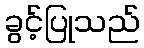
ခွင့်ပြုသည်